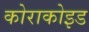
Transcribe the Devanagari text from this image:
कोराकोइड